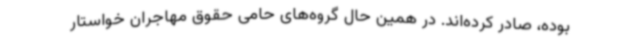
بوده، صادر کرده‌اند. در همین حال گروه‌های حامی حقوق مهاجران خواستار